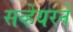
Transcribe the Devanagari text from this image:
सर्व्हेयरने